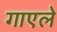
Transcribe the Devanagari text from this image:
गाएले